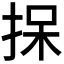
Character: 𪭷